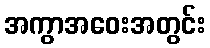
အကွာအဝေးအတွင်း